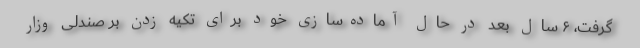
گرفت، ۶ سال بعد در حال آماده‌سازی خود برای تکیه زدن بر صندلی وزار